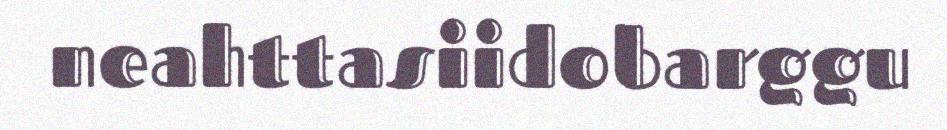
neahttasiidobarggu